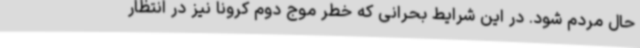
حال مردم شود. در این شرایط بحرانی که خطر موج دوم کرونا نیز در انتظار